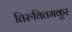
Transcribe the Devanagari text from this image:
तिरुवितमकूर